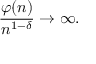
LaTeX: { \frac { \varphi ( n ) } { n ^ { 1 - \delta } } } \rightarrow \infty .